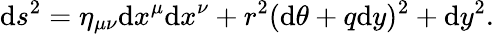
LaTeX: \mathrm{d}s^{2}=\eta_{\mu\nu}\mathrm{d}x^{\mu}\mathrm{d}x^{\nu}+r^{2}(\mathrm{d}\theta+q\mathrm{d}y)^{2}+\mathrm{d}y^{2}.